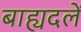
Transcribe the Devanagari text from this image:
बाह्यदलें